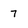
Character: 7